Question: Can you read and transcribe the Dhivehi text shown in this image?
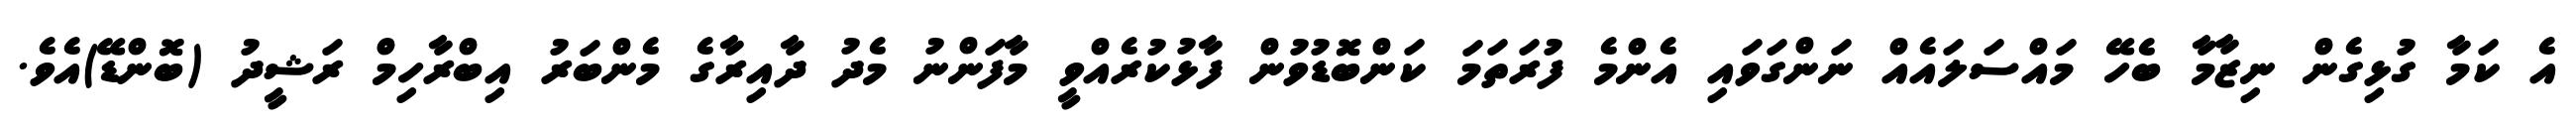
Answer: އެ ކަމާ ގުޅިގެން ނިޒާމާ ބެހޭ މައްސަލައެއް ނަންގަވައި އެންމެ ފުރަތަމަ ކަންބޮޑުވުން ފާޅުކުރެއްވީ މާފަންނު މެދު ދާއިރާގެ މެންބަރު އިބްރާހިމް ރަޝީދު (ބޮންޑޭ)އެވެ.